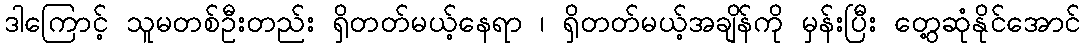
ဒါကြောင့် သူမတစ်ဦးတည်း ရှိတတ်မယ့်နေရာ ၊ ရှိတတ်မယ့်အချိန်ကို မှန်းပြီး တွေ့ဆုံနိုင်အောင်